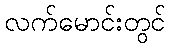
လက်မောင်းတွင်